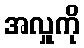
အလှူကို